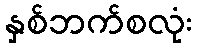
နှစ်ဘက်စလုံး